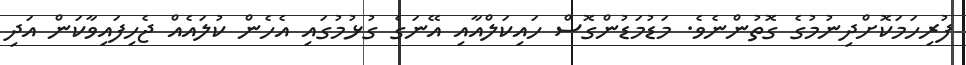
ފުރިހަމަކޮށްދިނުމުގެ ގޮތުންނެވެ. މަޑުމަޑުންގޮސް ހައިކަލްއާއި އޭނަގެ ގުޅުމުގައި އެހެން ކުލައެއް ޖެހިފައިވާކަން އަދި